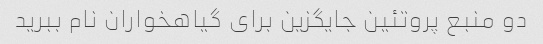
دو منبع پروتئین جایگزین برای گیاهخواران نام ببرید